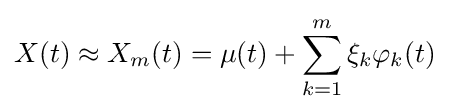
X(t)\approx X_{m}(t)=\mu (t)+\sum _{k=1}^{m}\xi _{k}\varphi _{k}(t)